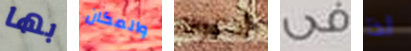
بها والمكان أدعوك فى لذا